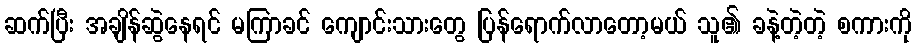
ဆက်ပြီး အချိန်ဆွဲနေရင် မကြာခင် ကျောင်းသားတွေ ပြန်ရောက်လာတော့မယ် သူ၏ ခနဲ့တဲ့တဲ့ စကားကို